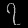
Digit: ၇